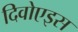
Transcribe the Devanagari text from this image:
दिवोएइस